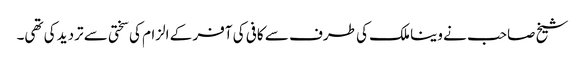
شیخ صاحب نے وینا ملک کی طرف سے کافی کی آفر کے الزام کی سختی سے تردید کی تھی۔